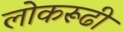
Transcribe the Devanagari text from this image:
लोकरूढी